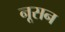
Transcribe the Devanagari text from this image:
नूसन